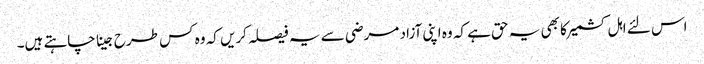
اس لئے اہل کشمیر کا بھی یہ حق ہے کہ وہ اپنی آزاد مرضی سے یہ فیصلہ کریں کہ وہ کس طرح جینا چاہتے ہیں۔